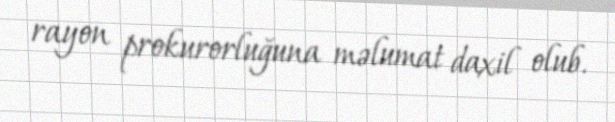
rayon prokurorluğuna məlumat daxil olub.